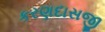
કરણદાસજી